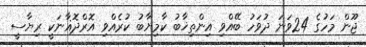
ޖޫން މަހުގެ 24ވަނަ ދުވަހު ބޭއްވި އިންތިޚާބު ކާމިޔާބު ކުރެއްވި އޮރްދޮޣާނަކީ ރިޔާސީ